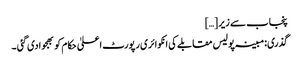
پنجاب سے زیر […]
گذری:مبینہ پولیس مقابلے کی انکوائری رپورٹ اعلیٰ حکام کو بھجوادی گئی ۔